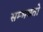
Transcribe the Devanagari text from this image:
सम्भवतो